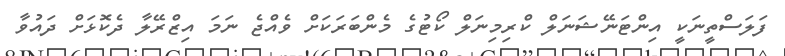
ފަލަސްތީނަކީ އިންޓަނޭޝަނަލް ކްރިމިނަލް ކޯޓުގެ މެންބަރަކަށް ވެއްޖެ ނަމަ އިޒްރޭލާ ދެކޮޅަށް ދައުވާ